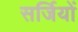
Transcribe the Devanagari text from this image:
सर्जियों